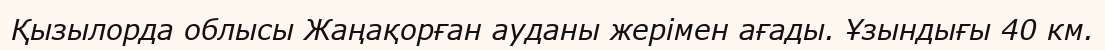
Қызылорда облысы Жаңақорған ауданы жерімен ағады. Ұзындығы 40 км.